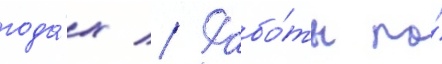
года́х // Рабо́ты по́